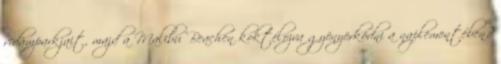
vidámparkjait, majd a Malibu Beachen koktélozva gyönyörködni a naplementében?